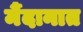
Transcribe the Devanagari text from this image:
र्मैदानात